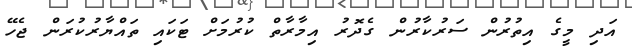
އަދި މީގެ އިތުރުން ސަރުކާރުން ގެދޮރު އިމާރާތް ކުރުމަށް ޓަކައި ތައްޔާރުކުރަން ޖެހޭ